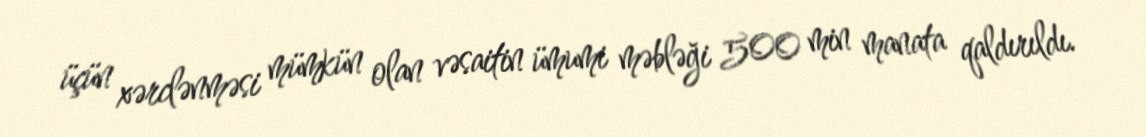
üçün xərclənməsi mümkün olan vəsaitin ümumi məbləği 500 min manata qaldırıldı.